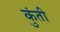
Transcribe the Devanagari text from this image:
कुुंती